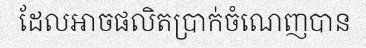
ដែលអាចផលិតប្រាក់ចំណេញបាន